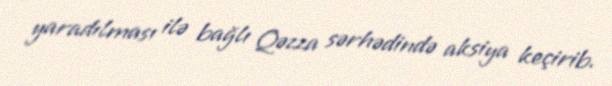
yaradılması ilə bağlı Qəzza sərhədində aksiya keçirib.